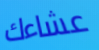
عشاءك